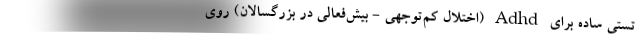
تستی ساده برای Adhd (اختلال کم‌توجّهی - بیش‌فعالی در بزرگسالان) روی